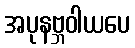
အပုနဗ္ဘဝါယပေ